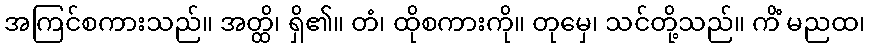
အကြင်စကားသည်။ အတ္ထိ၊ ရှိ၏။ တံ၊ ထိုစကားကို။ တုမှေ၊ သင်တို့သည်။ ကိံ မညထ၊